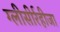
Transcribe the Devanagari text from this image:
ग्‍लीसीर्रहीजा